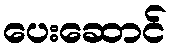
ပေးဆောင်